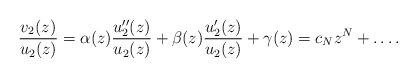
LaTeX: \begin{align*} \frac{v_2(z)}{u_2(z)} = \alpha (z) \frac{u_2''(z)}{u_2(z)} + \beta(z) \frac{u_2'(z)}{u_2(z)} + \gamma (z) = c_N z^N + \ldots . \end{align*}